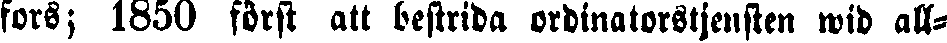
fors; 1850 först att bestrida ordinatorstjensten wid all-